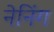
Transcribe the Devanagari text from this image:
नेनिंग